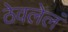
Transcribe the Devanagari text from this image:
ठेवलेलं